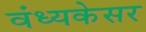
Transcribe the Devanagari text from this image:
वंध्यकेसर